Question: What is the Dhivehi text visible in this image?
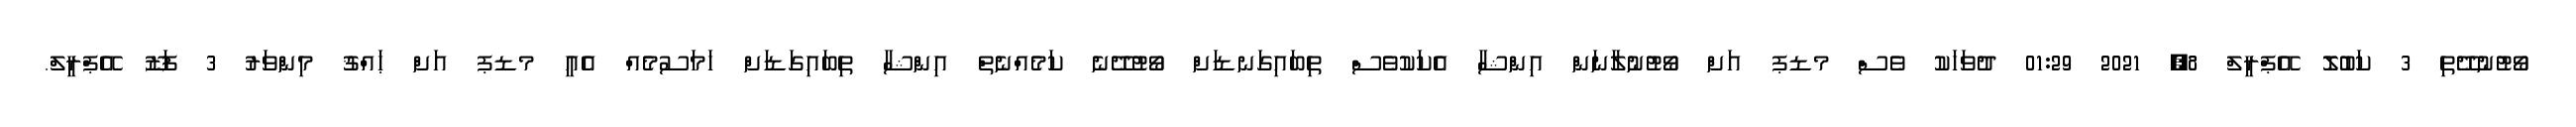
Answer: ވޯޓުނުދޭތި 3 ކަބުލޮ އޭޕްރީލް 8, 2021 01:29 ދުވަހަކު ވެސް މޑޕ އަށް ވޯޓުނުލާނަން އިންޝާ އެކަކުވެސް ތިބައިގަނޑަށް ވޯޓުދޭނެ ކަމެއްނެތް އިންޝާ ތިބައިގަޑަށް ހަމަސުމެއް އެއީ މޑޕ އަށް ޙައްޤު މިންވަރު 3 ފަޒޫ އޭޕްރީލް.